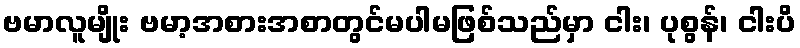
ဗမာလူမျိုး ဗမာ့အစားအစာတွင်မပါမဖြစ်သည်မှာ ငါး၊ ပုစွန်၊ ငါးပိ